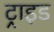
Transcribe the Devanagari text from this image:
ट्राइड